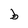
Character: b